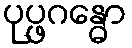
ပုပ္ဖဂန္ဓော